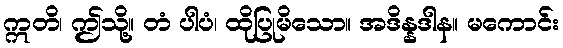
ဣတိ၊ ဤသို့။ တံ ပါပံ၊ ထိုပြုမိသော။ အဒိန္နဒါန။ မကောင်း